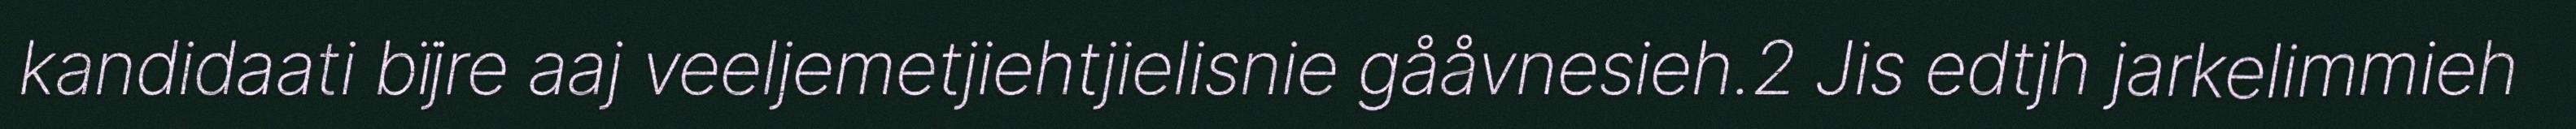
kandidaati bïjre aaj veeljemetjiehtjielisnie gååvnesieh.2 Jis edtjh jarkelimmieh